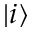
\left| i \right\rangle